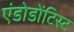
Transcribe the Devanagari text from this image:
एंडोडोंटिस्ट